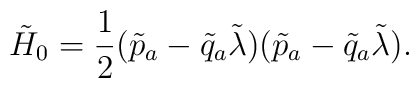
\tilde{H}_{0}=\frac{1}{2}(\tilde{p}_{a}-\tilde{q}_{a}\tilde{\lambda})(\tilde{p}_{a}-\tilde{q}_{a}\tilde{\lambda}).